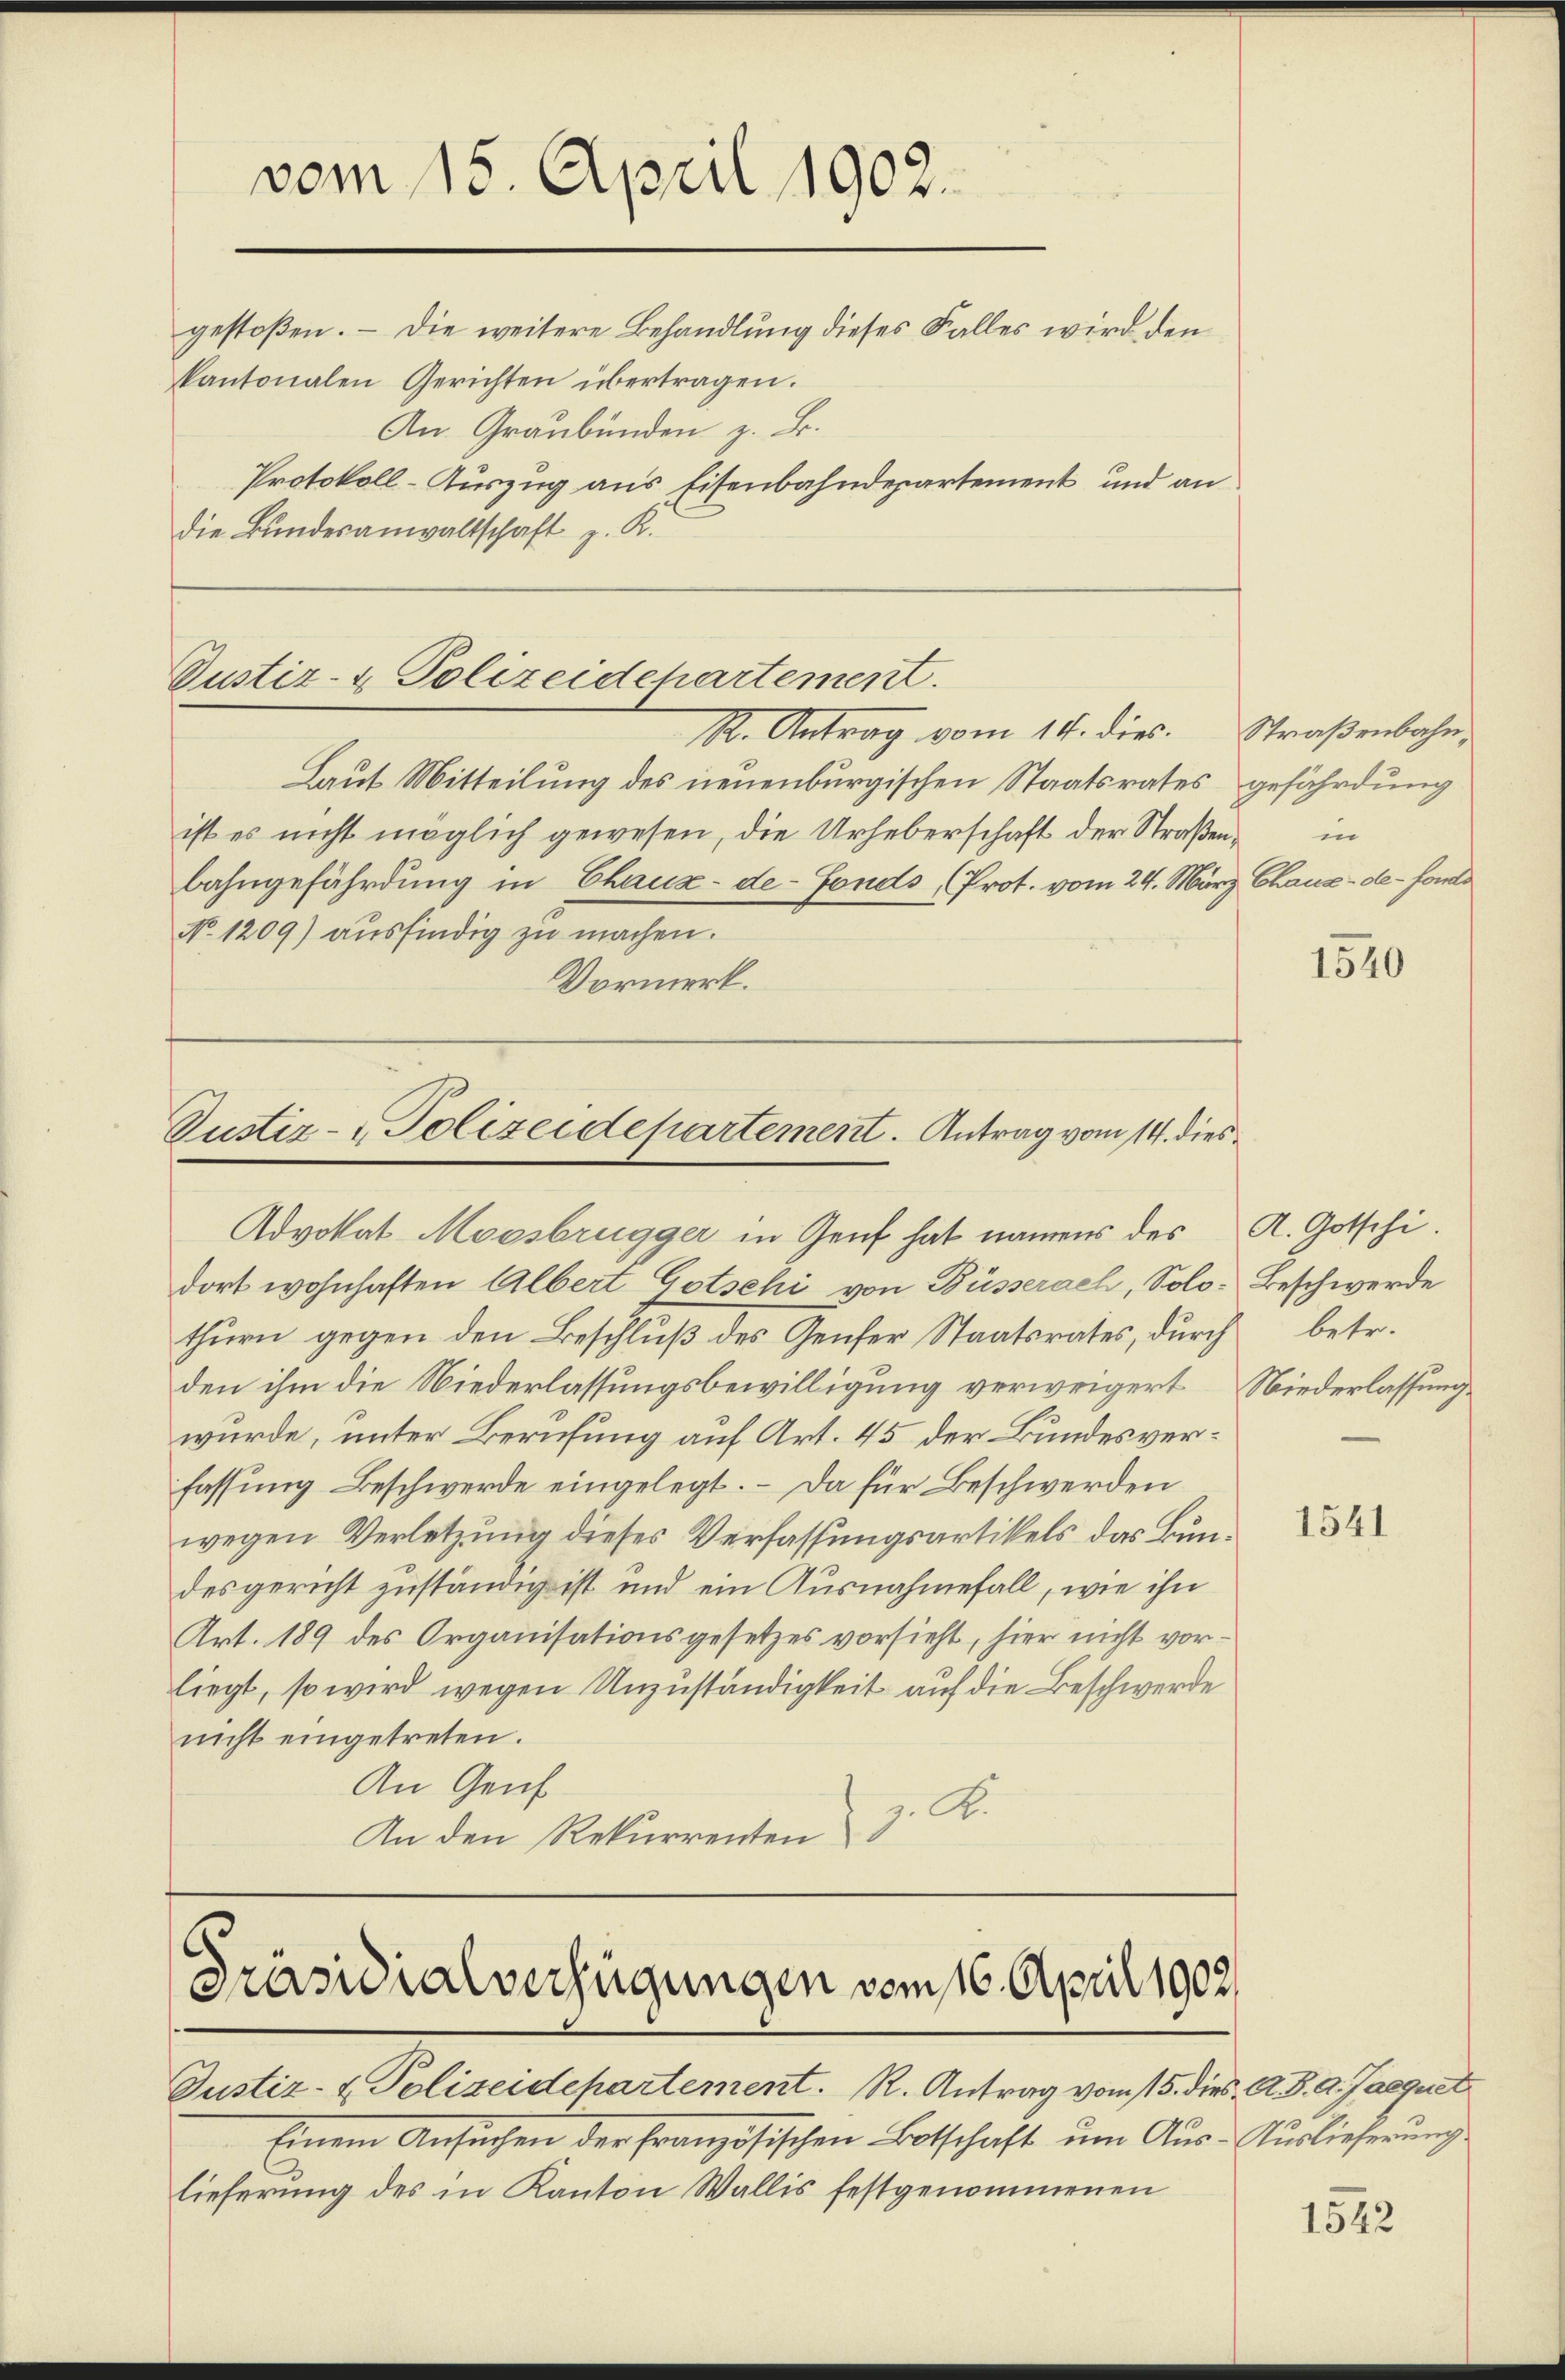
Justiz- & Polizeidehartement.
R. Antrag vom 14. dies. Straßenbahn

Laut Mitteilung des neuenburgischen Staatsrates gefährdung
ist es nicht möglich gewesen, die Urheberschaft der Straßenbahngefährdung in Chaux-de-Fonds, (Prot. vom 24. März Chaux-de-Fonds
No. 1209) ausfindig zu machen.
Vormerk.

Justiz- & Polizeidepartement. Antrag vom 14. dies

Advokat Moosbrügger in Genf hat namens des A. Gotschi.
dort wohnhaften Albert Gotschi von Büsserach, Solo- Beschwerde
thurn gegen den Beschluß des Genfer Staatsrates, durch betr.
den ihm die Niederlassungsbewilligung verweigert Niederlassung
wurde, unter Berufung auf Art. 45 der Bundesverfassung Beschwerde eingelegt. – Da für Beschwerden
wegen Verletzung dieses Verfassungsartikels das Bundesgericht zuständig ist und ein Ausnahmefall, wie ihn
Art. 189 des Organisationsgesetzes vorsieht, hier nicht vorliegt, so wird wegen Unzuständigkeit auf die Beschwerde
nicht eingetreten.
An Genf
z. A.
An den Rekurrenten

vom 15. April 1902.
gestoßen. – Die weitere Behandlung dieses Falles wird den
kantonalen Gerichten übertragen.
An Graubünden z. B.
Protokoll-Auszug aus Eisenbahndepartement und an
die Bundesanwaltschaft z. K.

Präsidialverfügungen vom 16. April 1902.

Justiz- & Polizeidepartement. R. Antrag vom 15. dies, A. B. d. Jaequet
Einem Ansuchen der Französischen Botschaft um Aus-Auslieferung
lieferung des in Kanton Wallis festgenommenen

in

1540

1541

1542